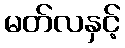
မတ်လနှင့်